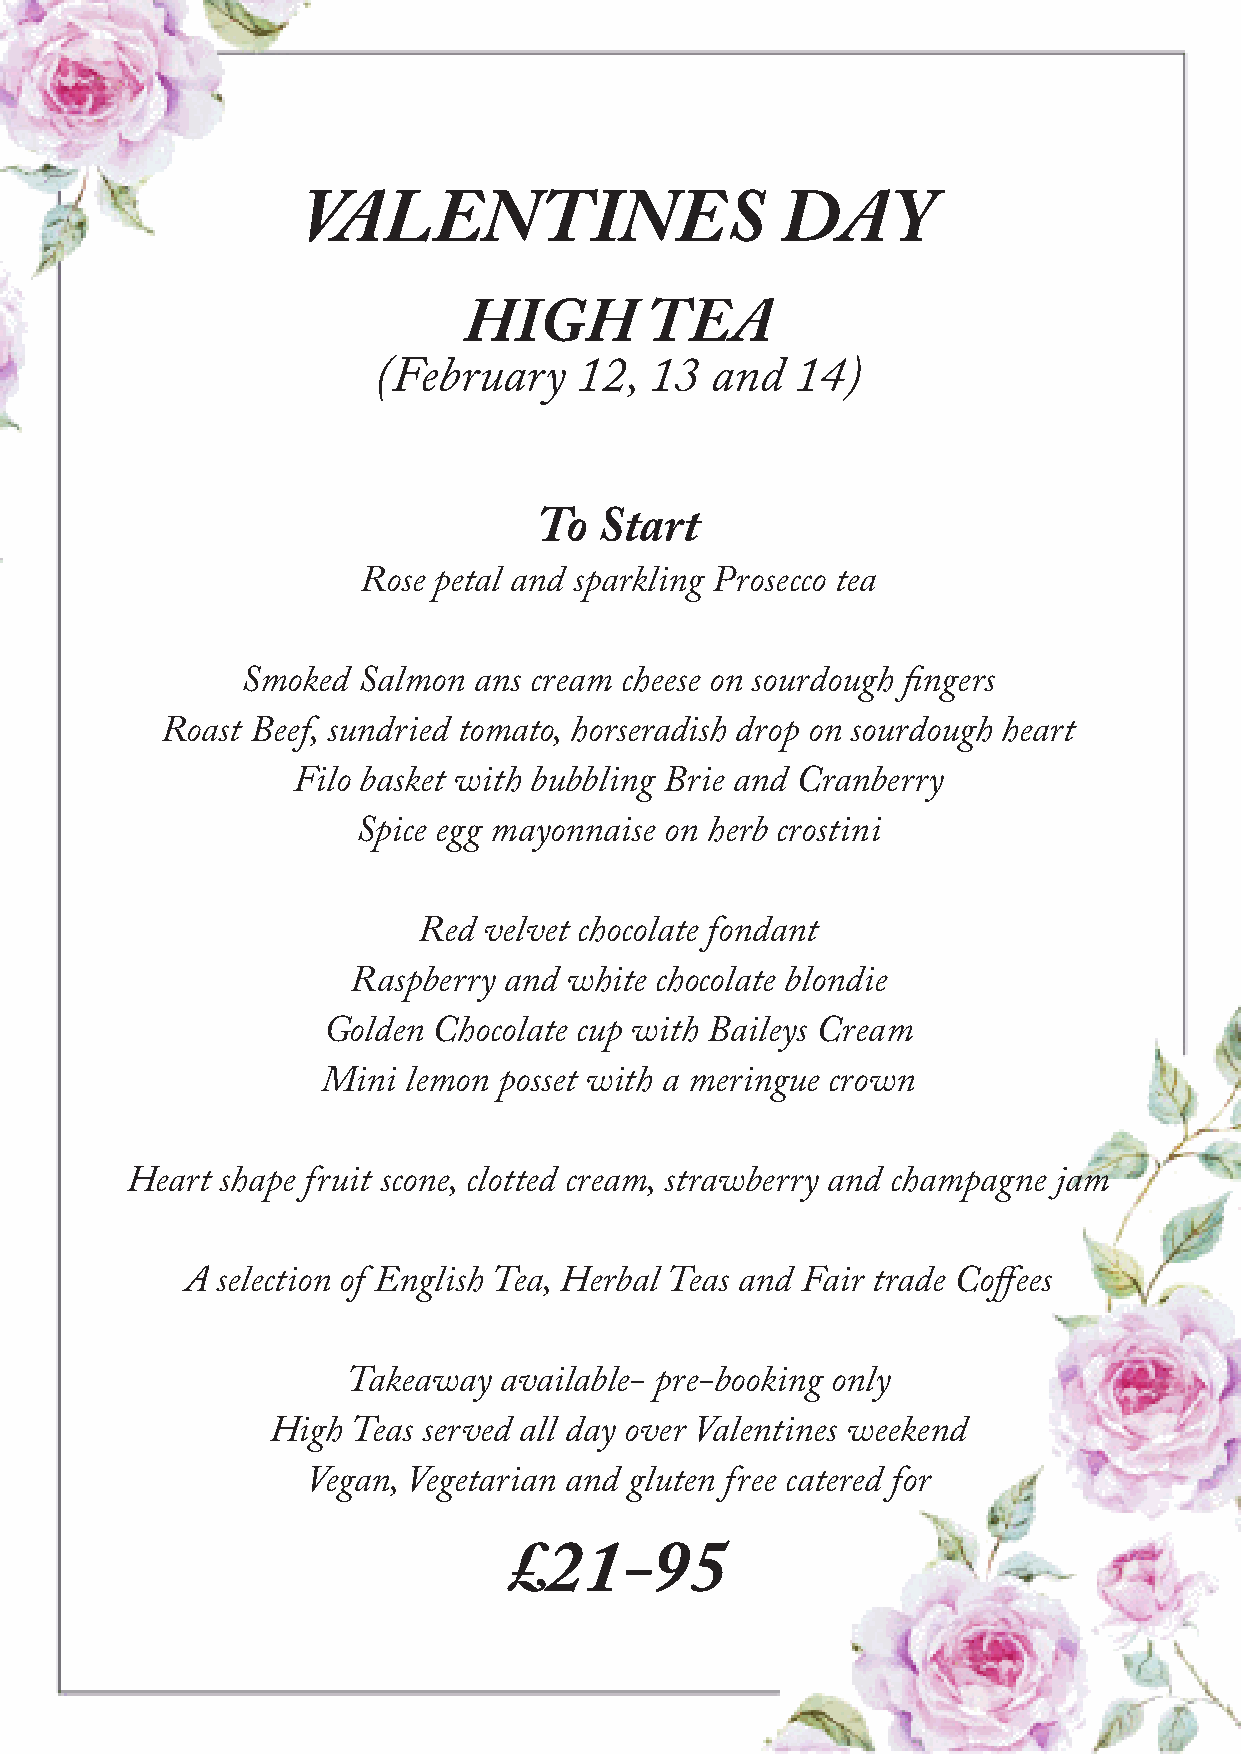
VALENTINES                      DAY
 HIGH        TEA
 (February    12,  13  and   14)
 To  Start
 Rose petal and sparkling Prosecco tea
 Smoked  Salmon ans cream cheese on sourdough fingers
 Roast Beef, sundried tomato, horseradish drop on sourdough heart
 Filo basket with bubbling Brie and Cranberry
 Spice egg mayonnaise on herb crostini
 Red velvet chocolate fondant
 Raspberry and  white chocolate blondie
 Golden  Chocolate cup with Baileys Cream
 Mini  lemon posset with a meringue crown
 Heart  shape fruit scone, clotted cream, strawberry and champagne jam
 A selection of English Tea, Herbal Teas and Fair trade Coffees
 Takeaway  available- pre-booking only
 High Teas served all day over Valentines weekend
 Vegan, Vegetarian and gluten free catered for
 £21-95